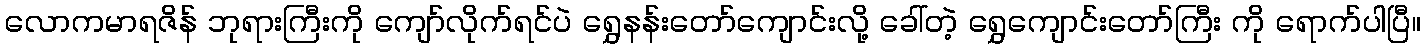
လောကမာရဇိန် ဘုရားကြီးကို ကျော်လိုက်ရင်ပဲ ရွှေနန်းတော်ကျောင်းလို့ ခေါ်တဲ့ ရွှေကျောင်းတော်ကြီး ကို ရောက်ပါပြီ။